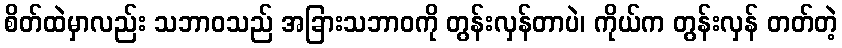
စိတ်ထဲမှာလည်း သဘာဝသည် အခြားသဘာဝကို တွန်းလှန်တာပဲ၊ ကိုယ်က တွန်းလှန် တတ်တဲ့